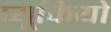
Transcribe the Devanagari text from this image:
प्यूकियो